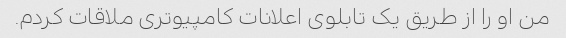
من او را از طریق یک تابلوی اعلانات کامپیوتری ملاقات کردم.